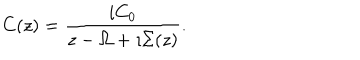
C ( z ) = \frac { i C _ { 0 } } { z - \Omega + \imath \Sigma ( z ) } .